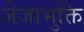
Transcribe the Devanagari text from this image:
जेजाभुक्ति